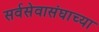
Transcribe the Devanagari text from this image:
सर्वसेवासंघाच्या